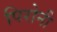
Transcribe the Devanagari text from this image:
पिरोनी